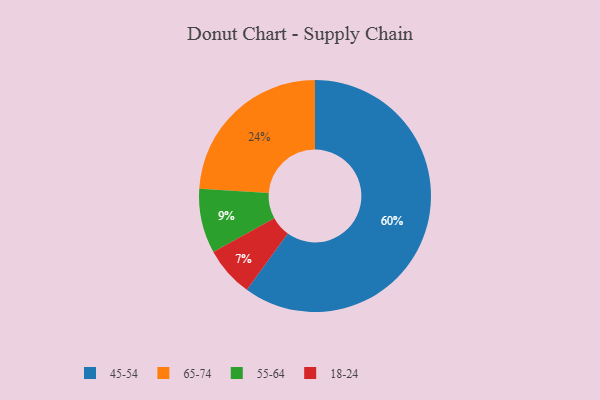
{"axis": {"x": "Category", "y": "Percentage"}, "legend": ["18-24", "45-54", "55-64", "65-74"], "data": [{"x": "55-64", "y": 9, "type": "55-64"}, {"x": "65-74", "y": 24, "type": "65-74"}, {"x": "18-24", "y": 7, "type": "18-24"}, {"x": "45-54", "y": 60, "type": "45-54"}]}